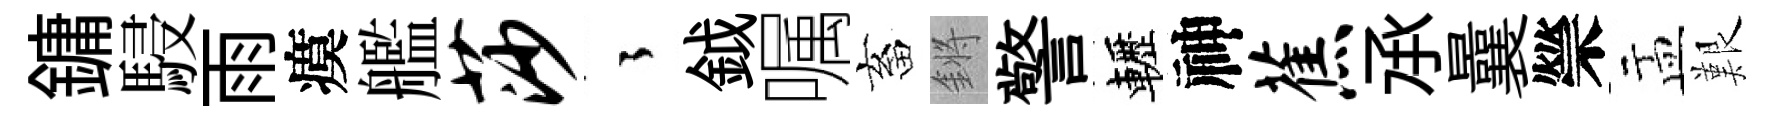
鏞駸雨瘼艦莎徃鉞嘱畜鏘警轣神蕉𠄘曩禜盂艱